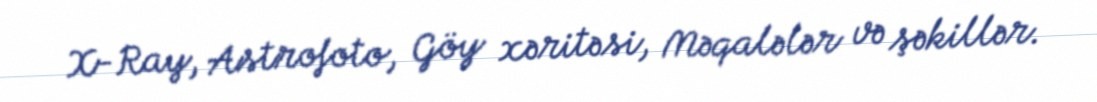
X-Ray, Astrofoto, Göy xəritəsi, Məqalələr və şəkillər.